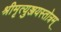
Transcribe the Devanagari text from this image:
श्रीमृत्युञ्जयस्तोत्रम्